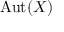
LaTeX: { \mathrm { A u t } } ( X )